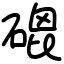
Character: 磇